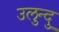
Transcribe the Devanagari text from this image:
उलुन्दु